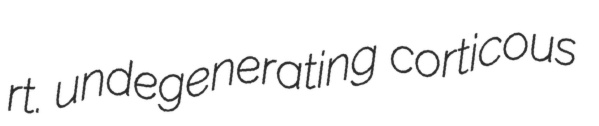
rt. undegenerating corticous